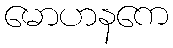
မောဟနကေ